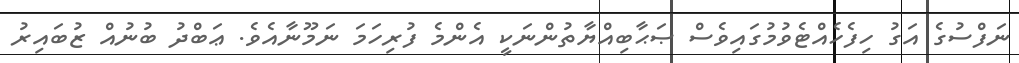
ނަފްސުގެ އަގު ހިފެހެއްޓެވުމުގައިވެސް ޞަޙާބިއްޔާތުންނަކީ އެންމެ ފުރިހަމަ ނަމޫނާއެވެ. ޢަބްދު ބުނުއް ޒުބައިރު